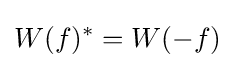
W(f)^{*}=W(-f)